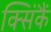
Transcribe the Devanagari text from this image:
क्सिंकैं